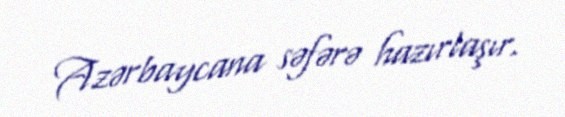
Azərbaycana səfərə hazırlaşır.